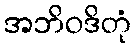
အဘိဝဒိတုံ